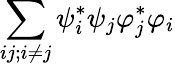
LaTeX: \sum_{ij;i\neq j}\psi_{i}^{*}\psi_{j}\varphi_{j}^{*}\varphi_{i}